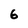
Character: 6